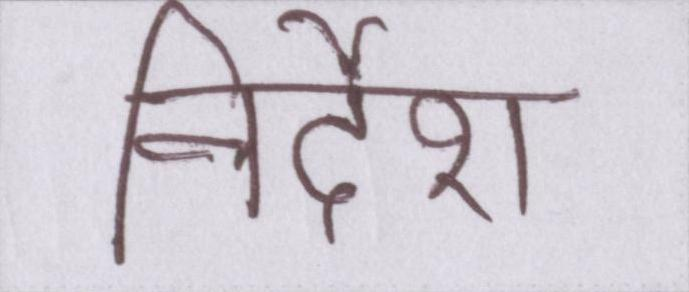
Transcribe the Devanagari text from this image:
निर्देश